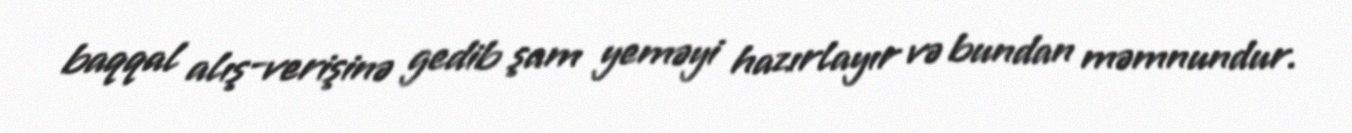
baqqal alış-verişinə gedib şam yeməyi hazırlayır və bundan məmnundur.